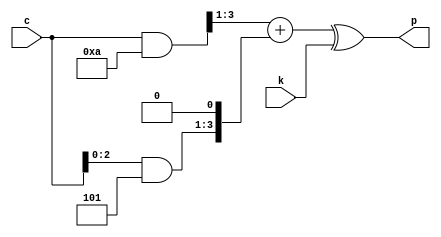
`timescale 1ns / 1ps
//////////////////////////////////////////////////////////////////////////////////
// Company: 
// Engineer: 
// 
// Design Name: 
// Module Name:    blockDecryptor_4bit 
// Project Name: 
// Target Devices: 
// Tool versions: 
// Description: 
//
// Dependencies: 
//
// Revision: 
// Revision 0.01 - File Created
// Additional Comments: 
//
//////////////////////////////////////////////////////////////////////////////////
module blockDecryptor_4bit(
    input [3:0] c,
    input [3:0] k,
    output [3:0] p
    );
	 
	wire [3:0] temp;
	
	assign temp[3:0] = ((c[3:0] & 4'b1010) >> 1) + ((c[3:0] & 4'b0101) << 1);
	assign p = temp ^ k;

endmodule